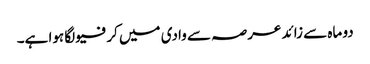
دو ماہ سے زائد عرصہ سے وادی میں کرفیو لگا ہوا ہے۔